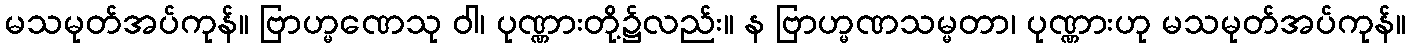
မသမုတ်အပ်ကုန်။ ဗြာဟ္မဏေသု ဝါ၊ ပုဏ္ဏားတို့၌လည်း။ န ဗြာဟ္မဏသမ္မတာ၊ ပုဏ္ဏားဟု မသမုတ်အပ်ကုန်။